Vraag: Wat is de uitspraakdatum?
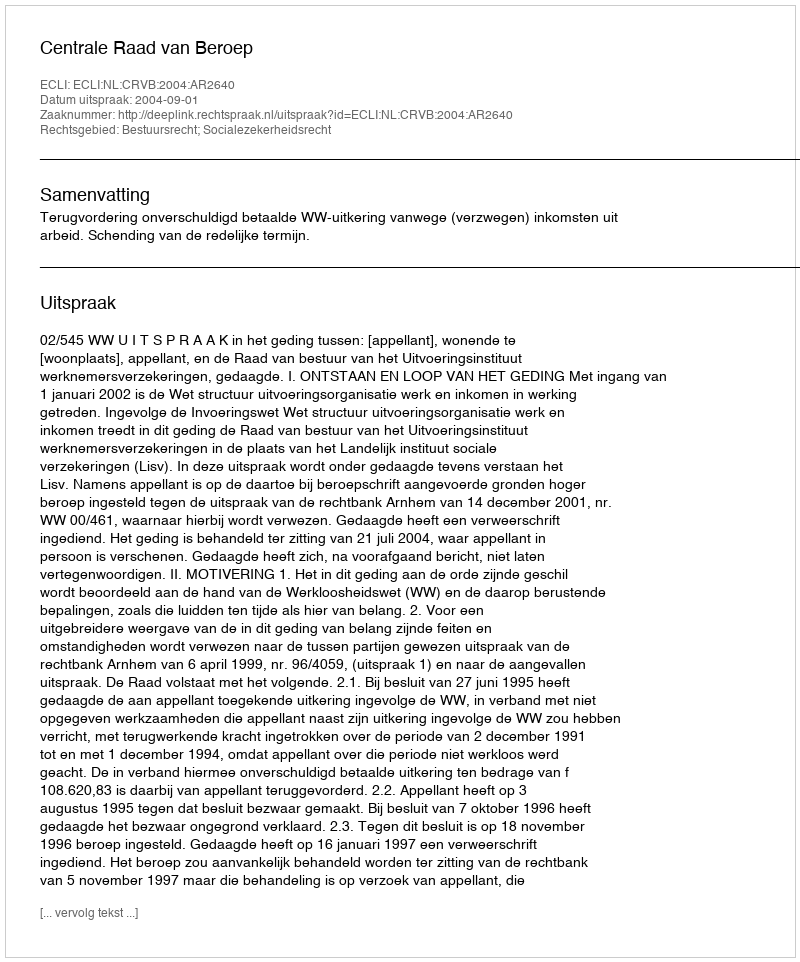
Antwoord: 2004-09-01